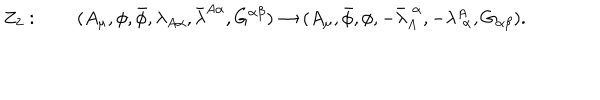
Z _ { 2 } : \qquad ( A _ { \mu } , \phi , \bar { \phi } , \lambda _ { A \alpha } , \bar { \lambda } ^ { A \alpha } , G ^ { \alpha \beta } ) \rightarrow ( A _ { \mu } , \bar { \phi } , \phi , - \bar { \lambda } _ { A } ^ { \! ~ ~ \alpha } , - \lambda _ { \! ~ ~ \alpha } ^ { A } , G _ { \alpha \beta } ) .